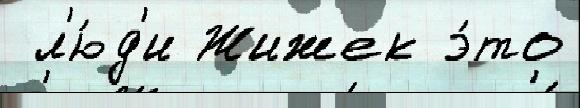
 л'ю́д'и Жижек э́то